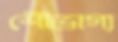
শৌভাগ্য